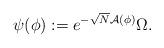
LaTeX: \begin{align*} \psi(\phi):=e^{-\sqrt{N}\mathcal{A}(\phi)}\Omega.\end{align*}